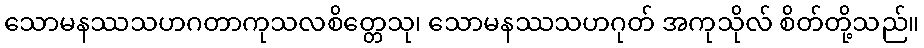
သောမနဿသဟဂတာကုသလစိတ္တေသု၊ သောမနဿသဟဂုတ် အကုသိုလ် စိတ်တို့သည်။